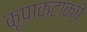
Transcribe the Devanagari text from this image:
कृपाकटाक्षे